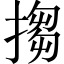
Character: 搊